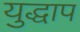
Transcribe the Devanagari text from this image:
युद्धाप